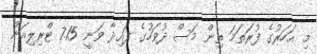
މި އަހަރުގެ ފުރަތަމަ ތިން މަސް ދުވަހުގެ ފައިދާ ވަނީ 7.15 ޓްރިލިއަން